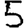
Digit: 5